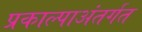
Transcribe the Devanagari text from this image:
प्रकाल्पाअंतर्गत